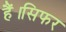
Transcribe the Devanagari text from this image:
हैं।सिफर